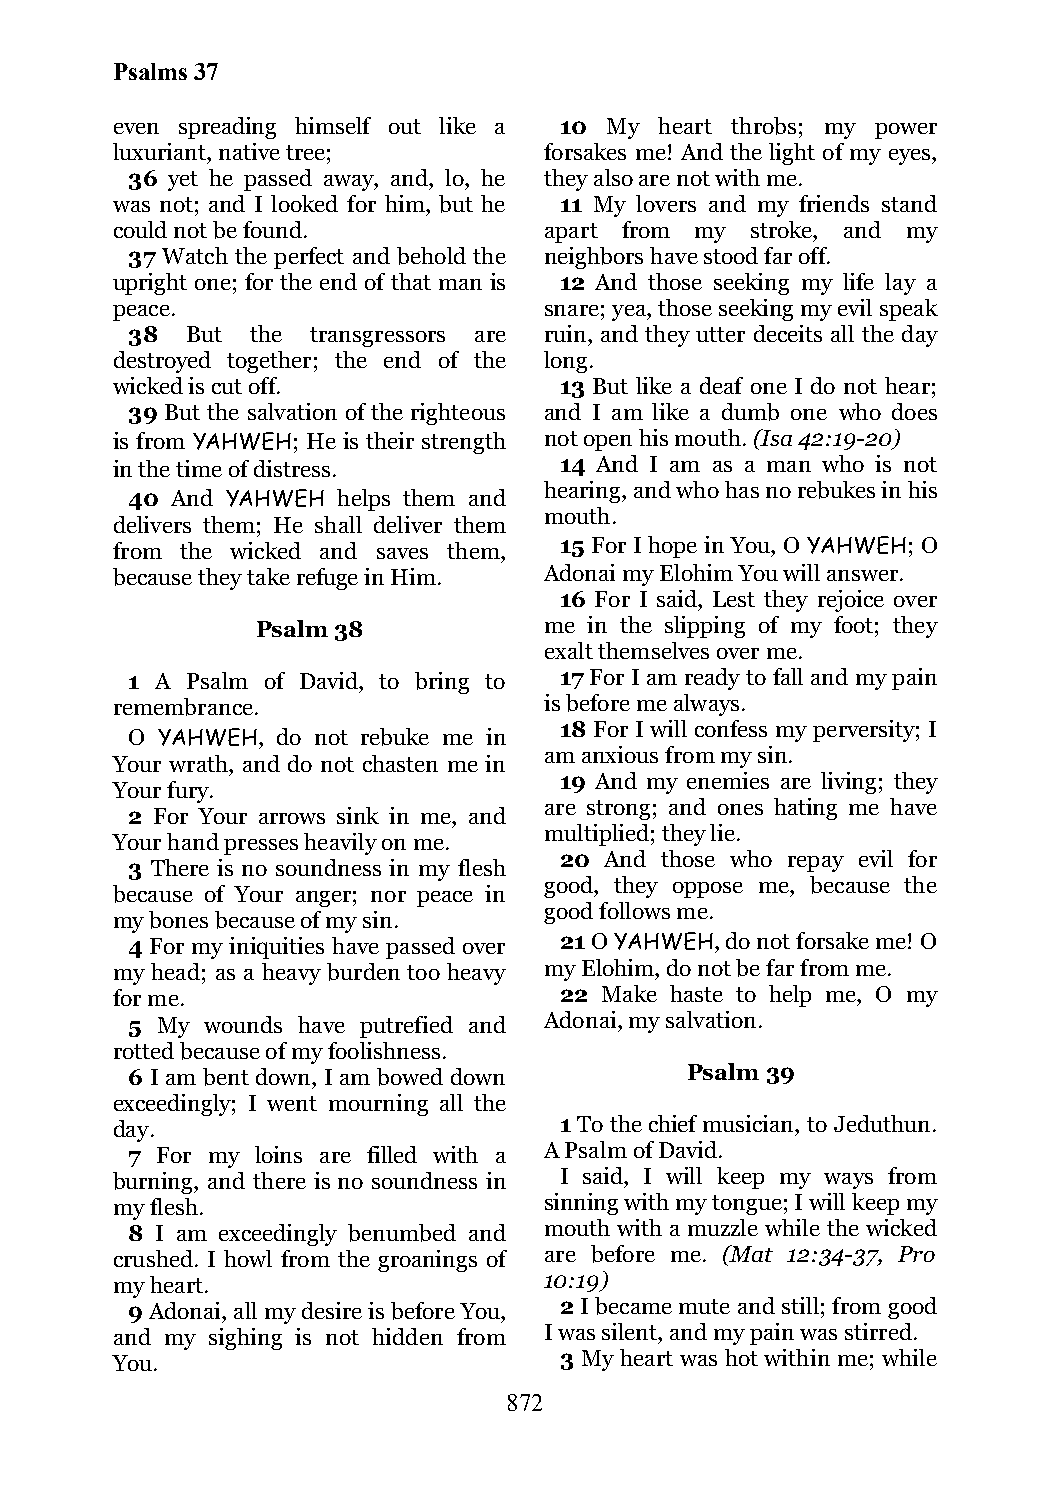
Psalms 37
 even spreading himself out like a 10 My heart throbs; my power
 luxuriant, native tree;      forsakes me! And the light of my eyes,
 36 yet he passed away, and, lo, he they also are not with me.
 was not; and I looked for him, but he 11 My lovers and my friends stand
 could not be found.          apart from my stroke, and my
 37 Watch the perfect and behold the neighbors have stood far off.
 upright one; for the end of that man is 12 And those seeking my life lay a
 peace.                       snare; yea, those seeking my evil speak
 38  But  the transgressors are ruin, and they utter deceits all the day
 destroyed together; the end of the long.
 wicked is cut off.            13 But like a deaf one I do not hear;
 39 But the salvation of the righteous and I am like a dumb one who does
 is from YAHWEH; He is their strength not open his mouth. (Isa 42:19-20)
 in the time of distress.      14 And I am as a man who is not
 hearing, and who has no rebukes in his
 40 And YAHWEH helps them and
 mouth.
 delivers them; He shall deliver them
 from the wicked and saves them, 15 For I hope in You, O YAHWEH; O
 because they take refuge in Him. Adonai my Elohim You will answer.
 16 For I said, Lest they rejoice over
 Psalm 38           me in the slipping of my foot; they
 exalt themselves over me.
 1 A Psalm of David, to bring to 17 For I am ready to fall and my pain
 remembrance.                 is before me always.
 18 For I will confess my perversity; I
 O YAHWEH, do not rebuke me in
 am anxious from my sin.
 Your wrath, and do not chasten me in
 19 And my enemies are living; they
 Your fury.
 are strong; and ones hating me have
 2 For Your arrows sink in me, and
 multiplied; they lie.
 Your hand presses heavily on me.
 20 And those who repay evil for
 3 There is no soundness in my flesh
 good, they oppose me, because the
 because of Your anger; nor peace in
 good follows me.
 my bones because of my sin.
 4 For my iniquities have passed over 21 O YAHWEH, do not forsake me! O
 my head; as a heavy burden too heavy my Elohim, do not be far from me.
 for me.                       22 Make haste to help me, O my
 5 My  wounds have putrefied and Adonai, my salvation.
 rotted because of my foolishness.
 6 I am bent down, I am bowed down    Psalm 39
 exceedingly; I went mourning all the
 day.                          1 To the chief musician, to Jeduthun.
 7 For my loins are filled with a A Psalm of David.
 burning, and there is no soundness in I said, I will keep my ways from
 my flesh.                    sinning with my tongue; I will keep my
 8 I am exceedingly benumbed and mouth with a muzzle while the wicked
 crushed. I howl from the groanings of are before me. (Mat 12:34-37, Pro
 my heart.                    10:19)
 9 Adonai, all my desire is before You, 2 I became mute and still; from good
 and my sighing is not hidden from I was silent, and my pain was stirred.
 You.                          3 My heart was hot within me; while
 872